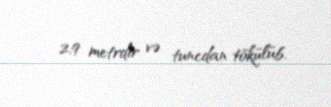
2,9 metrdir və tuncdan tökülüb.